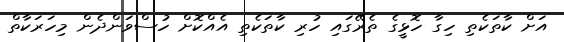
އަށް ކާތަކެތި ހިގާ ހޮޅީގެ ތެރޭގައި ހުރި ކާތަކެތި އެއްކޮށް ހުސްވަންދެން މިހަރަކާތް